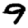
Digit: 9